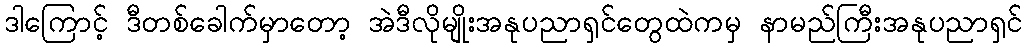
ဒါကြောင့် ဒီတစ်ခေါက်မှာတော့ အဲဒီလိုမျိုးအနုပညာရှင်တွေထဲကမှ နာမည်ကြီးအနုပညာရှင်